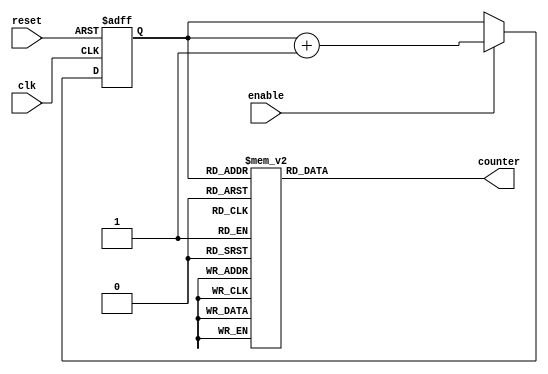
module johnson_counter_with_enable (
    input wire clk,
    input wire reset,
    input wire enable,
    output reg [3:0] counter
);

reg [2:0] state;

always @ (posedge clk or posedge reset) begin
    if (reset) begin
        state <= 3'b000;
    end else if (enable) begin
        state <= state + 1;
    end
end

always @* begin
    case(state)
        3'b000: counter <= 4'b0001;
        3'b001: counter <= 4'b0010;
        3'b010: counter <= 4'b0100;
        3'b011: counter <= 4'b1000;
        3'b100: counter <= 4'b1100;
        3'b101: counter <= 4'b1010;
        3'b110: counter <= 4'b0110;
        3'b111: counter <= 4'b0011;
    endcase
end

endmodule